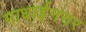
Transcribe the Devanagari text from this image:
माधाईनगर